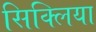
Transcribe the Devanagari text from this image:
सिक्लिया